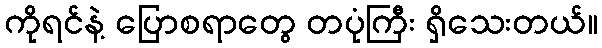
ကိုရင်နဲ့ ပြောစရာတွေ တပုံကြီး ရှိသေးတယ်။